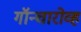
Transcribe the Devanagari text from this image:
गॉन्चारोव्ह